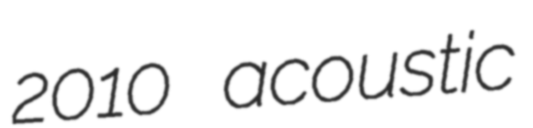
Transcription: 2010 acoustic